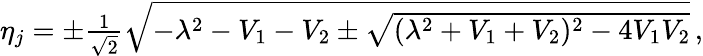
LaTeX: \begin{array}{r}{\eta_{j}=\pm\frac{1}{\sqrt{2}}\sqrt{-\lambda^{2}-V_{1}-V_{2}\pm\sqrt{(\lambda^{2}+V_{1}+V_{2})^{2}-4V_{1}V_{2}}}\, ,}\end{array}